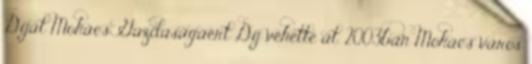
Díját Mohács Gazdaságáért Díj vehette át. 2003ban Mohács város